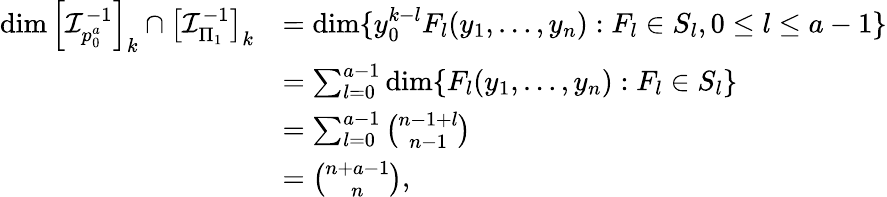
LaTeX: \begin{array}{rl}{\dim\left[\mathcal{I}_{p_{0}^{a}}^{-1}\right]_{k}\cap\left[\mathcal{I}_{\Pi_{1}}^{-1}\right]_{k}}&{=\dim\{ y_{0}^{k-l}F_{l}(y_{1},\dots,y_{n}):F_{l}\in S_{l},0\le l\le a-1\} }\\ &{=\sum_{l=0}^{a-1}\dim\{ F_{l}(y_{1},\dots,y_{n}):F_{l}\in S_{l}\} }\\ &{=\sum_{l=0}^{a-1}{\binom{n-1+l}{n-1}}}\\ &{={\binom{n+a-1}{n}},}\end{array}